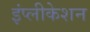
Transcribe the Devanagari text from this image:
इंप्लीकेशन